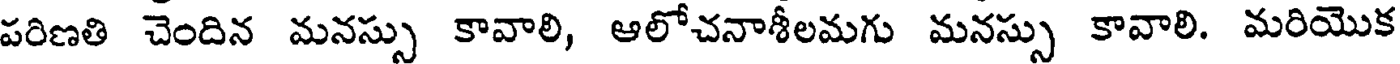
పరిణతి చెందిన మనస్సు కావాలి, అలోచనాశీలమగు మనస్సు కావాలి. మరియొక